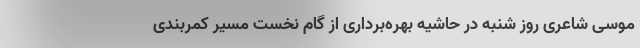
موسی شاعری روز شنبه در حاشیه بهره‌برداری از گام نخست مسیر کمربندی